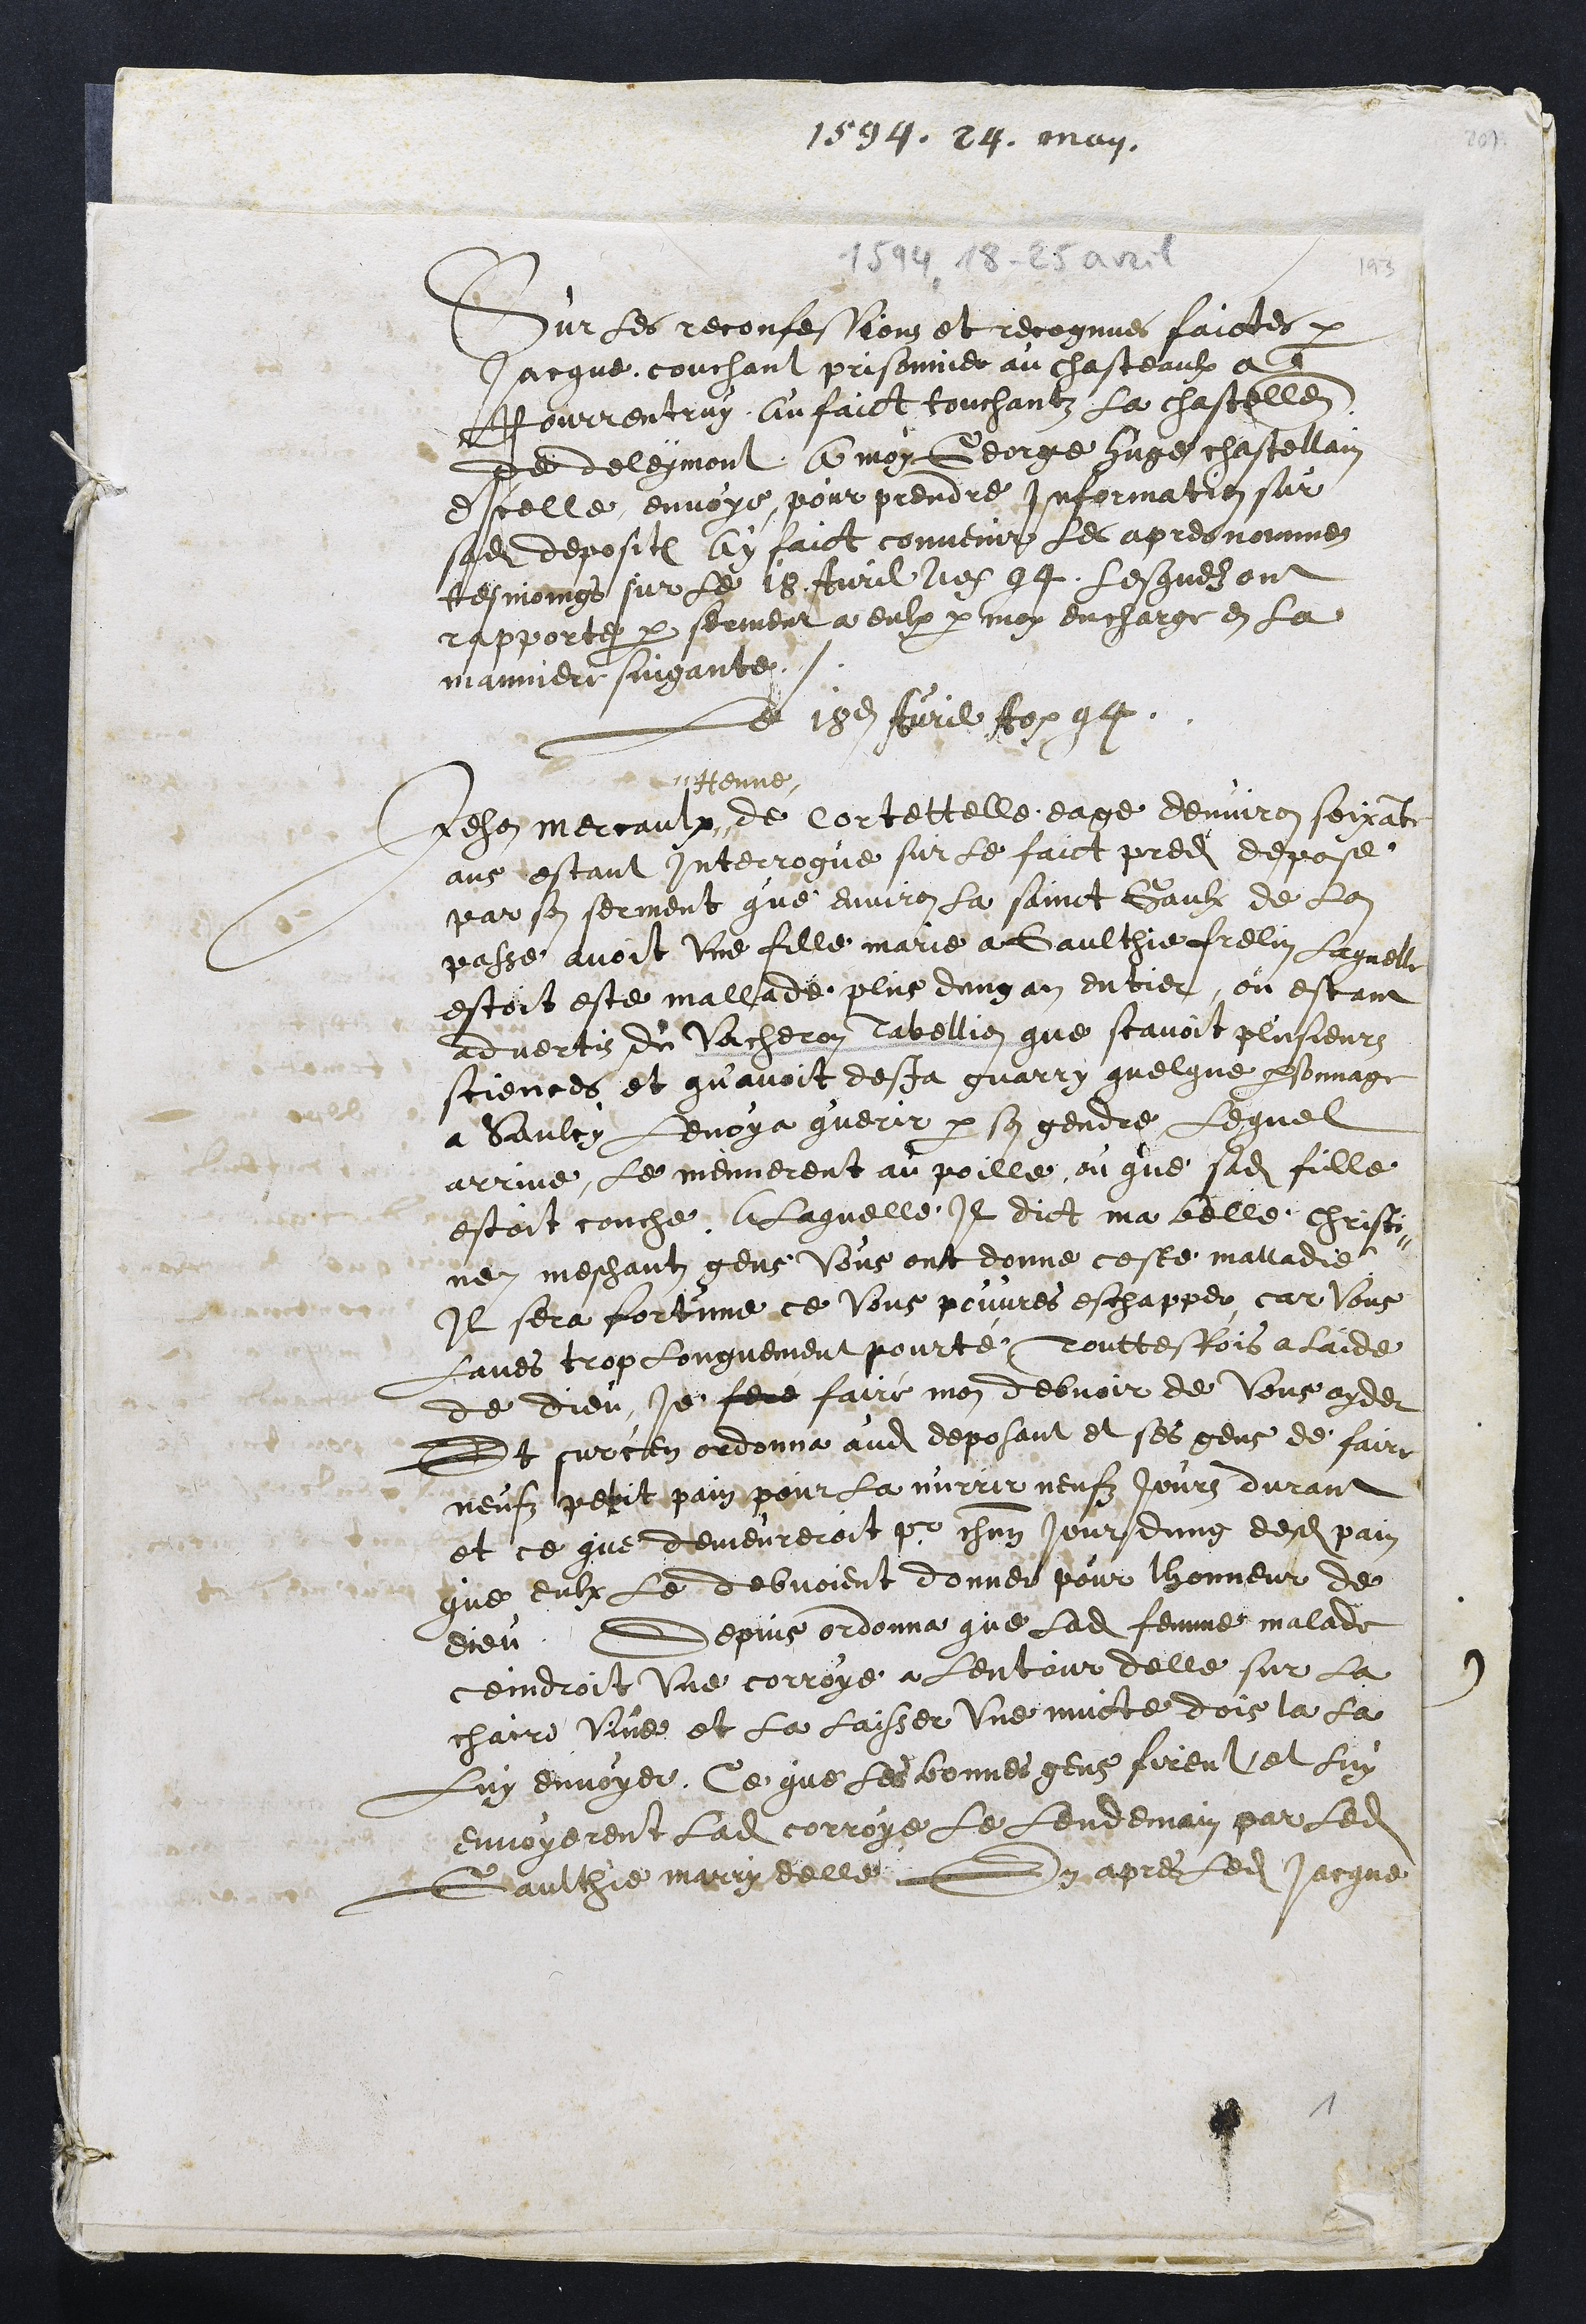
1594. 29. May.
Sur les reconfessions et recognues faictes par
Jacque couchant prisonnier au chasteaulx a
Pourrentruy, Au faict touchantz la chastellen
de deleymont A moy George Huge chastellain
dIcelle envoye, pour prendre Information sur
sadite deposit ay faict convenir les apres nommez
tesmoings sur le 18 Avril Ao 94, Lesquelz ont
rapporté par serment a eulx par moy encharge en la
manniere suigante.
Le 18e Avril Ao 94.
Jehan mercaulx #
# Henne
de Cortettelle eage denviron soixante
ans estant Interrogué sur le faict predit depose
par son serment que environ la Sainct Gaulx de lan
passe avoit une fille marie a Gaulthie frelin Laquelle
estoit este mallade plus dung an entier, ou estant
advertis du Vacheron Tabellion que scavoit plusieurs
sciences et qu'avoit desja guarry quelque personnage
a Saulcy levoya querir par son gendre, Lequel
arrive, le mennerent au poille ou que sadite fille
estoit couche A laquelle Il dict ma belle Christi¬
ne meschant gens vous ont donne ceste malladie
Il sera fortune ce Vous pouvres eschapper, car vous
Laves trop longuement pourté, Touttesfois a laide
de Dieu Je feré fairé mon debvoir de vous ayder
Et surcen ordonna audit deposant et ses gens de faire
neufz petit pain pour la nurrir neufz jours durant
et ce que demeureroit pour chacun jour dung desdits pain
que eulx le debvoient donner pour lhonneur de
Dieu. Depuis ordonna que ladite femme malade
ceindroit une corroye a lentour delle sur la
chaire vive et la laisser une nuicte dois la la
luy envoyer, Ce que les bonnes gens firent et luy
envoyerent ladite corroye le lendemain par ledit
Gaulthie marry delle. En apres ledit Jacque

1